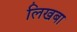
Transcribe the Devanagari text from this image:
लिखबा